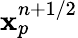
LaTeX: \mathbf{x}_{p}^{n+1/2}